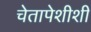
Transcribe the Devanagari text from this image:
चेतापेशीशी